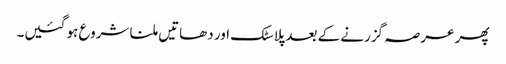
پھر عرصہ گزرنے کے بعد پلاسٹک اور دھاتیں ملنا شروع ہو گئیں۔